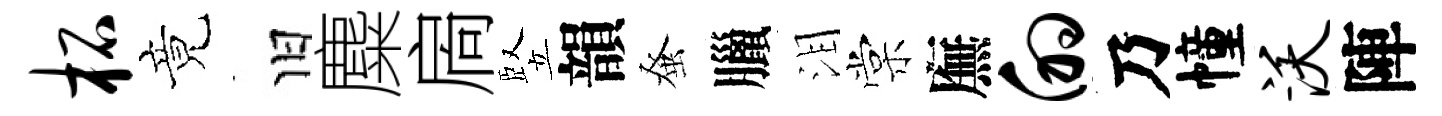
柘竟旧麋扄竪韻𫊫臘泪棠廡的乃幢沃陣